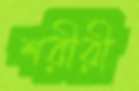
শরীরী